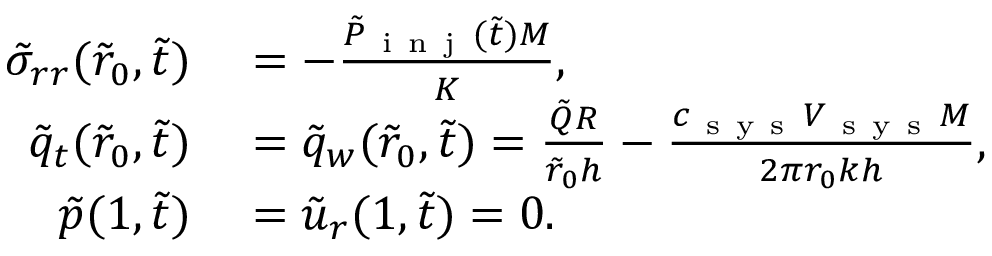
\begin{array} { r l } { \tilde { \sigma } _ { r r } ( \tilde { r } _ { 0 } , \tilde { t } ) } & { { } = - \frac { \tilde { P } _ { \mathrm { ~ i ~ n ~ j ~ } } ( \tilde { t } ) M } { K } , } \\ { \tilde { q } _ { t } ( \tilde { r } _ { 0 } , \tilde { t } ) } & { { } = \tilde { q } _ { w } ( \tilde { r } _ { 0 } , \tilde { t } ) = \frac { \tilde { Q } R } { \tilde { r } _ { 0 } h } - \frac { c _ { \mathrm { ~ s ~ y ~ s ~ } } V _ { \mathrm { ~ s ~ y ~ s ~ } } M } { 2 \pi r _ { 0 } k h } , } \\ { \tilde { p } ( 1 , \tilde { t } ) } & { { } = \tilde { u } _ { r } ( 1 , \tilde { t } ) = 0 . } \end{array}